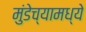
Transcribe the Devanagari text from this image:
मुंडेच्यामध्ये